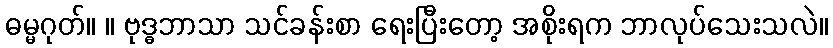
ဓမ္မဂုတ်။ ။ ဗုဒ္ဓဘာသာ သင်ခန်းစာ ရေးပြီးတော့ အစိုးရက ဘာလုပ်သေးသလဲ။